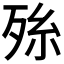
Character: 𭮑